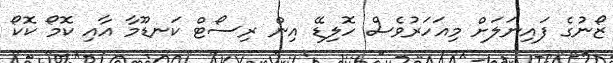
ޒޯނުގެ ފައިނަލަށް މިއަހަރުވެސް ހޮލިޑޭ އިން ރިސޯޓް ކަނޑޫމާ އާއި ކޮމޯ ކޮކޯ